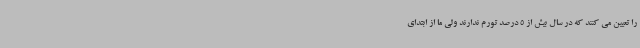
را تعیین می کنند که در سال بیش از 5 درصد تورم ندارند ولی ما از ابتدای